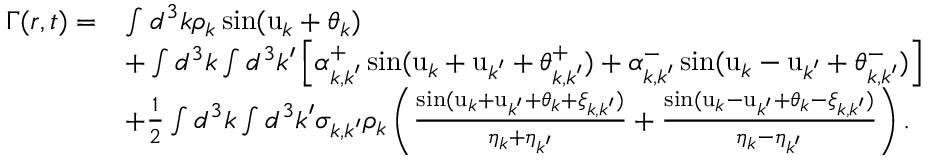
\begin{array} { r l } { \Gamma ( \boldsymbol { r } , t ) = } & { \int d ^ { 3 } \boldsymbol { k } \rho _ { \boldsymbol { k } } \sin ( \mathrm { u } _ { \boldsymbol { k } } + \theta _ { \boldsymbol { k } } ) } \\ & { + \int d ^ { 3 } \boldsymbol { k } \int d ^ { 3 } \boldsymbol { k } ^ { \prime } \left[ \alpha _ { \boldsymbol { k } , \boldsymbol { k } ^ { \prime } } ^ { + } \sin ( \mathrm { u } _ { \boldsymbol { k } } + \mathrm { u } _ { \boldsymbol { k } ^ { \prime } } + \theta _ { \boldsymbol { k } , \boldsymbol { k } ^ { \prime } } ^ { + } ) + \alpha _ { \boldsymbol { k } , \boldsymbol { k } ^ { \prime } } ^ { - } \sin ( \mathrm { u } _ { \boldsymbol { k } } - \mathrm { u } _ { \boldsymbol { k } ^ { \prime } } + \theta _ { \boldsymbol { k } , \boldsymbol { k } ^ { \prime } } ^ { - } ) \right] } \\ & { + \frac { 1 } { 2 } \int d ^ { 3 } \boldsymbol { k } \int d ^ { 3 } \boldsymbol { k } ^ { \prime } \sigma _ { \boldsymbol { k } , \boldsymbol { k } ^ { \prime } } \rho _ { \boldsymbol { k } } \left( \frac { \sin ( \mathrm { u } _ { \boldsymbol { k } } + \mathrm { u } _ { \boldsymbol { k } ^ { \prime } } + \theta _ { \boldsymbol { k } } + \xi _ { \boldsymbol { k } , \boldsymbol { k } ^ { \prime } } ) } { \eta _ { \boldsymbol { k } } + \eta _ { \boldsymbol { k } ^ { \prime } } } + \frac { \sin ( \mathrm { u } _ { \boldsymbol { k } } - \mathrm { u } _ { \boldsymbol { k } ^ { \prime } } + \theta _ { \boldsymbol { k } } - \xi _ { \boldsymbol { k } , \boldsymbol { k } ^ { \prime } } ) } { \eta _ { \boldsymbol { k } } - \eta _ { \boldsymbol { k } ^ { \prime } } } \right) . } \end{array}